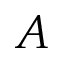
A